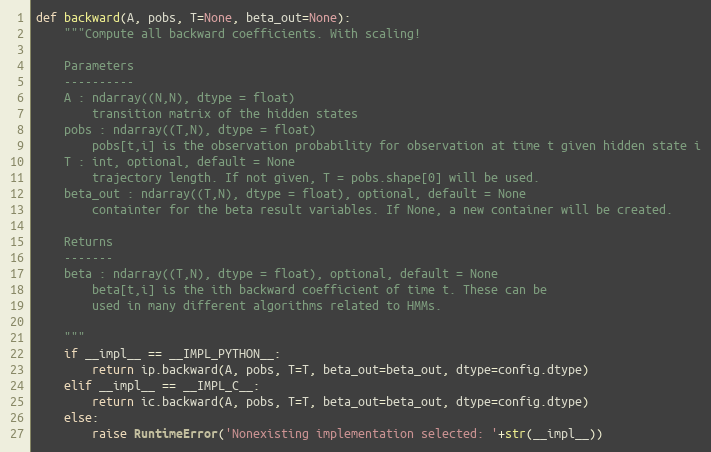
Language: Python
def backward(A, pobs, T=None, beta_out=None):
    """Compute all backward coefficients. With scaling!

    Parameters
    ----------
    A : ndarray((N,N), dtype = float)
        transition matrix of the hidden states
    pobs : ndarray((T,N), dtype = float)
        pobs[t,i] is the observation probability for observation at time t given hidden state i
    T : int, optional, default = None
        trajectory length. If not given, T = pobs.shape[0] will be used.
    beta_out : ndarray((T,N), dtype = float), optional, default = None
        containter for the beta result variables. If None, a new container will be created.

    Returns
    -------
    beta : ndarray((T,N), dtype = float), optional, default = None
        beta[t,i] is the ith backward coefficient of time t. These can be
        used in many different algorithms related to HMMs.

    """
    if __impl__ == __IMPL_PYTHON__:
        return ip.backward(A, pobs, T=T, beta_out=beta_out, dtype=config.dtype)
    elif __impl__ == __IMPL_C__:
        return ic.backward(A, pobs, T=T, beta_out=beta_out, dtype=config.dtype)
    else:
        raise RuntimeError('Nonexisting implementation selected: '+str(__impl__))